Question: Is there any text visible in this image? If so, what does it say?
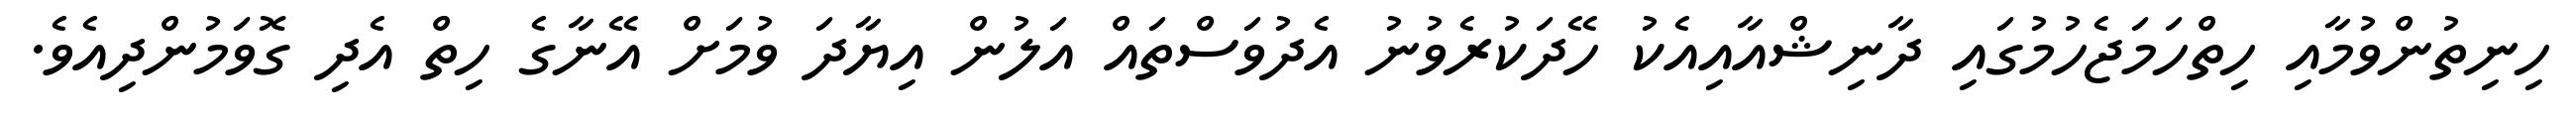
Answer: ހިނިތުންވުމާއި ހިތްހަމަޖެހުމުގައި ދާނިޝްއާއިއެކު ހޭދަކުރެވުނު އެދުވަސްތައް އަލުން އިޔާދަ ވުމަށް އޭނާގެ ހިތް އެދި ގޮވަމުންދިއެވެ.